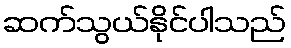
ဆက်သွယ်နိုင်ပါသည်